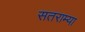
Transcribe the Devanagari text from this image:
सतराम्या